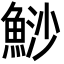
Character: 鯋